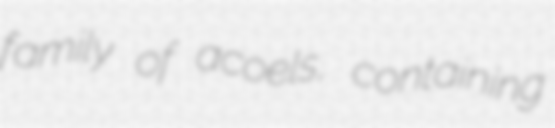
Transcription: family of acoels, containing